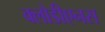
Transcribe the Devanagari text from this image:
क्लोडीएनस